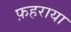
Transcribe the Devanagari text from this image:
फ़हराया